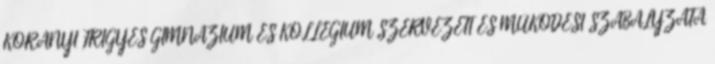
KORÁNYI FRIGYES GIMNÁZIUM ÉS KOLLÉGIUM SZERVEZETI ÉS MŰKÖDÉSI SZABÁLYZATA